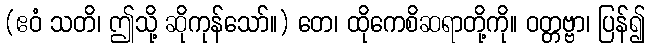
(ဧဝံ သတိ၊ ဤသို့ ဆိုကုန်သော်။) တေ၊ ထိုကေစိဆရာတို့ကို။ ဝတ္တဗ္ဗာ၊ ပြန်၍